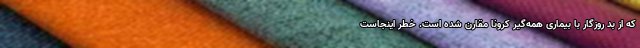
که از بد روزگار با بیماری همه‌گیر کرونا مقارن شده است. خطر اینجاست